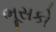
ભૂસકો